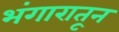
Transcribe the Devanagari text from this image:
भंगारातून